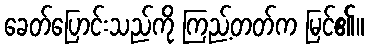
ခေတ်ပြောင်းသည်ကို ကြည့်တတ်က မြင်၏။